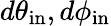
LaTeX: d\theta_{\mathrm{in}},d\phi_{\mathrm{in}}